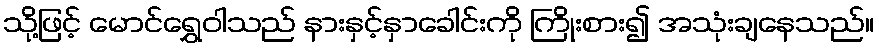
သို့ဖြင့် မောင်ရွှေဝါသည် နားနှင့်နှာခေါင်းကို ကြိုးစား၍ အသုံးချနေသည်။